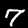
Label: 7